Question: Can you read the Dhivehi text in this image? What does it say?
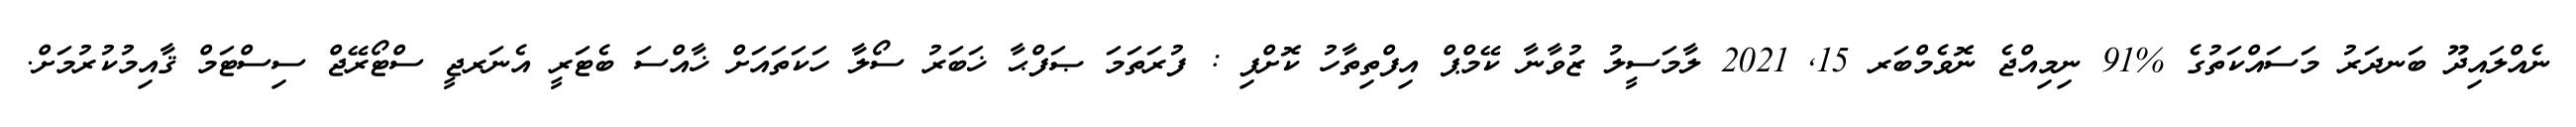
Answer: ނެއްލައިދޫ ބަނދަރު މަސައްކަތުގެ %91 ނިމިއްޖެ ނޮވެމްބަރ 15, 2021 ލާމަސީލު ޒުވާނާ ކޭމްޕް އިފްތިތާހު ކޮށްފި : ފުރަތަމަ ޞަފްޙާ ޚަބަރު ސޯލާ ހަކަތައަށް ޚާއްސަ ބެޓަރީ އެނަރޖީ ސްޓޯރޭޖް ސިސްޓަމް ޤާއިމުކުރުމަށް.